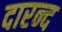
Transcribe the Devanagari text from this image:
दारन्द